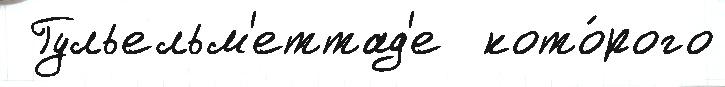
 Гульельм'еттад'е  кото́рого